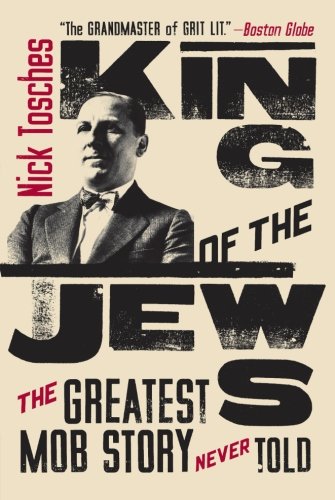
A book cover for King of the Jews: The Greatest Mob Story Never Told; Nick Tosches; Biographies & Memoirs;